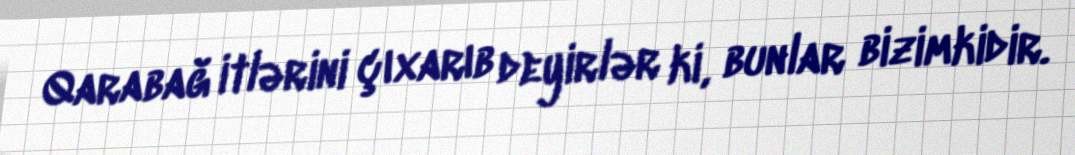
Qarabağ itlərini çıxarıb deyirlər ki, bunlar bizimkidir.